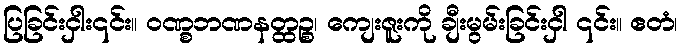
ပြခြင်းငှါး၎င်း။ ဝဏ္စဘဏနတ္ထဉ္စ၊ ကျေးဇူးကို ချီးမွမ်းခြင်းငှါ ၎င်း။ ဧတံ၊